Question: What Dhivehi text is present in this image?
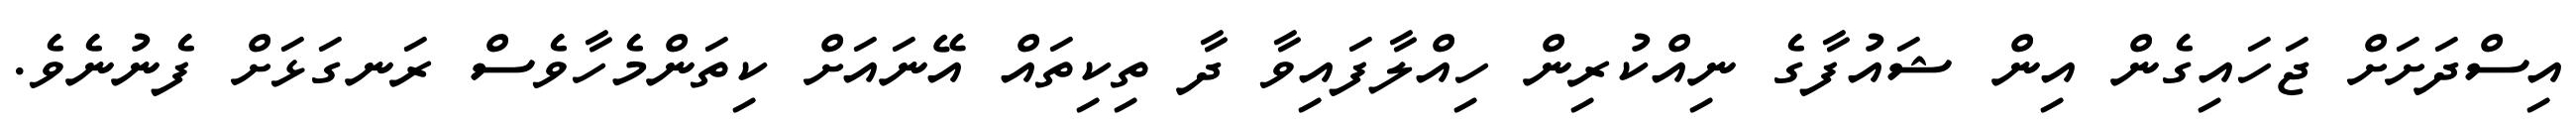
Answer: އިސްދަށަށް ޖަހައިގެން އިން ޝައުފާގެ ނިއްކުރިން ހިއްލާފައިވާ ދާ ތިކިތައް އޭނައަށް ކިތަންމެހާވެސް ރަނގަޅަށް ފެނުނެވެ.